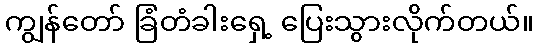
ကျွန်တော် ခြံတံခါးရှေ့ ပြေးသွားလိုက်တယ်။